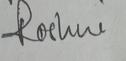
Signature authenticity: genuine